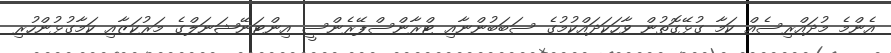
އެންމެ މުދައްރިސެއް ކަމާ ގުޅޭގޮތުން ވާހަކަދައްކުމުގެ ސަބަބުންނާއި ޓްރާންސްޕޭރެންސީ އިންޓަނޭޝަނަލްގެ މަރުކަޒާއި ކަމާގުޅުންހުރި